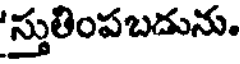
'స్తుతింపబదును.